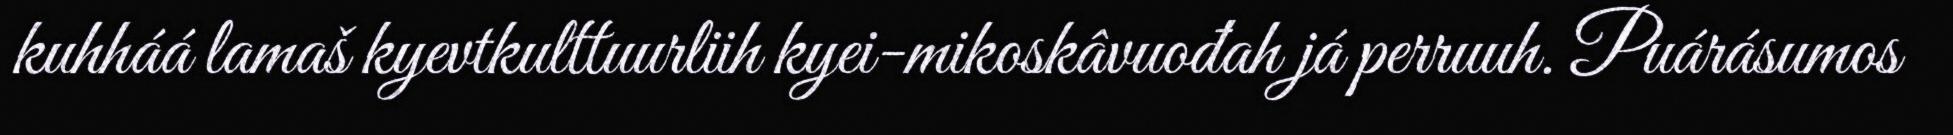
kuhháá lamaš kyevtkulttuurliih kyei-mikoskâvuođah já perruuh. Puárásumos